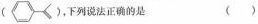
(《_〉<)，下列说法正确的是 ( )